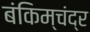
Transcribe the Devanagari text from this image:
बंकिम्चंद्र